system: You are a helpful assistant.
user:
Analyze the provided spectrum to determine if it is a **Carbon Star (C-type)**.

- **Key Visual Indicators of Carbon Star:**
    - **(Primary):** Strong molecular absorption from **C₂ (diatomic carbon) "Swan Bands."** This is the **defining feature** of a carbon star.
        - **(Key Bandheads):** Sharp absorption edges are visible at approximately $5635$ Å, $5165$ Å (the strongest band), and $4737$ Å.
        - **(Line Profile):** Creates a distinct **"saw-tooth"** pattern. The key morphology is a sharp, steep bandhead on the **red (long-wavelength) side**, which then gradually tapers off (i.e., flux recovers) towards the **blue (short-wavelength) side**. *(This is the direct opposite of the TiO bands seen in M-type stars)*.

    - **(Secondary):** Intense **CN (cyanogen)** molecular absorption bands.
        - **(Key Bandheads):** Located in the blue and violet regions of the spectrum (e.g., near $4215$ Å and $3883$ Å).
        - **(Morphology):** These bands are extremely broad and act as a "blanket," absorbing the vast majority of blue and violet light. This creates a characteristic **"cliff"** or **"steep drop-off"** in the spectrum's flux at short wavelengths.

    - **(Key Confirmation):** Strong **CH absorption band (G-band)**.
        - **(Key Bandhead):** Located around $4300$ Å. The contribution from CH molecules to this band is exceptionally strong.

    - **(Overall Spectrum):**
        - The continuum is severely "chopped up" by these deep molecular bands, especially C₂, rather than appearing as a smooth curve.
        - Due to the heavy CN and C₂ absorption in the blue-green, the vast majority of the star's flux is concentrated in the red part of the spectrum, giving the star its characteristic deep red color.

Think first, call **spectral_visualization_tool** if needed to examine features in detail, then provide your final answer. Your response must adhere to the following strict rules:
1.  **Overall Structure:** Your response must follow the format `<think>...</think> <tool_call>...</tool_call> (if a tool is used) <answer>...</answer>`.
2.  **Tool Usage Constraint:** You may only make **one** tool call per turn.
3.  **Final Answer Format:** In the `<answer>` tag, your conclusion must be inside a `\boxed{}` command (e.g., `\boxed{YES}`), followed by your justification.

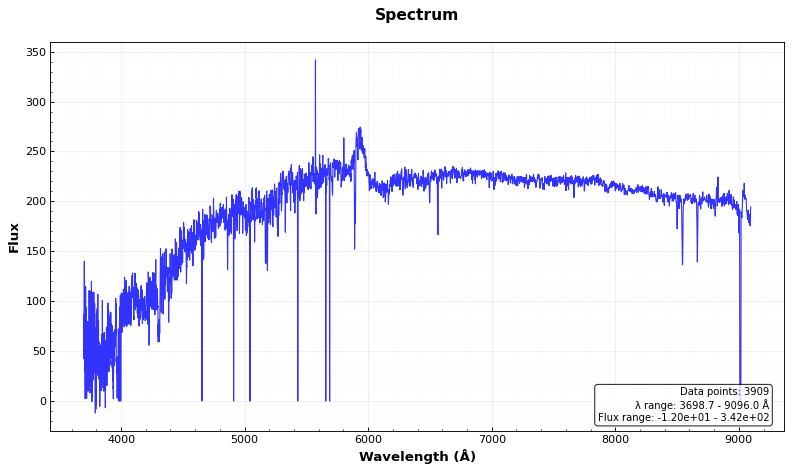
Answer: NO